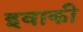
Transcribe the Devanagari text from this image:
इवाकी